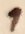
Text: 1